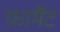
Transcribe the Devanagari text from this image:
फ़ार्मैट